Problem: 39 + 14 = ?
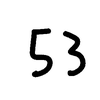
Handwritten answer: 53